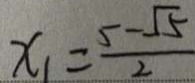
x _ { 1 } = \frac { 5 - \sqrt { 5 } } { 2 }